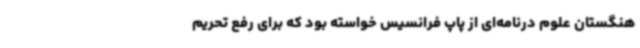
هنگستان علوم درنامه‌ای از پاپ فرانسیس خواسته بود که برای رفع تحریم